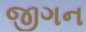
જીગન